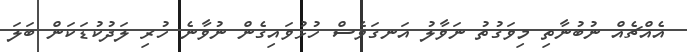
އެއްޗެއް ނުބުނާތި މިވަގުތު ނަވާލު އަނގަވެސް ހުޅުވައިގެން ނުވާނެ ހުރި ލަދުކުޑަކަން ބަލަ